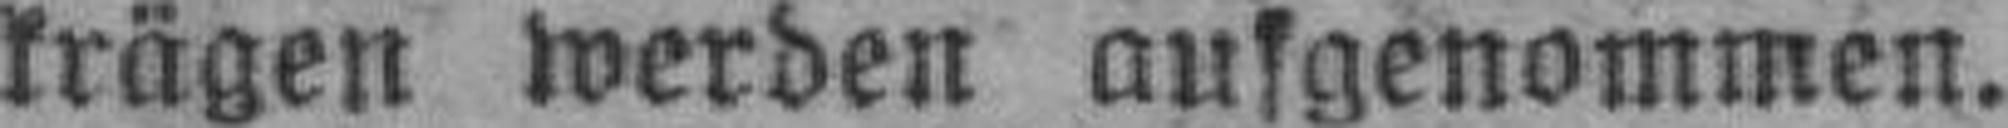
krägen werden ausgenommen.